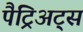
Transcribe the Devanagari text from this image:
पैट्रिअट्स